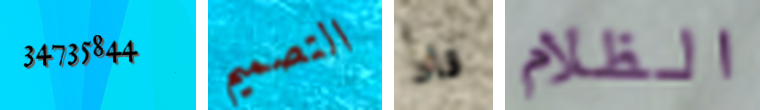
34735844 التصميم قاد الظلام